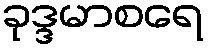
ခုဒ္ဒမာစရေ